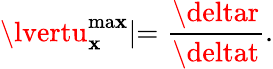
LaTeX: \lvertu_{\mathbf{x}}^{\mathrm{{ma\mathbf{x}}}}\lvert=\frac{{\deltar}}{{\deltat}}.